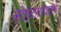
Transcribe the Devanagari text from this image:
वोल्टतावाले